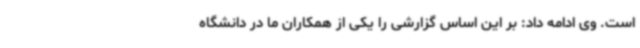
است. وی ادامه داد: بر این اساس گزارشی را یکی از همکاران ما در دانشگاه